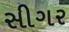
સીગર